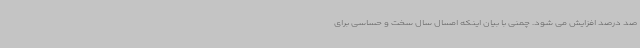
صد درصد افزایش می شود. چمنی با بیان اینکه امسال سال سخت و حساسی برای